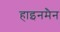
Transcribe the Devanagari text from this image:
हाइनमैन